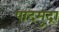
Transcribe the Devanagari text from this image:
पादमुद्रा